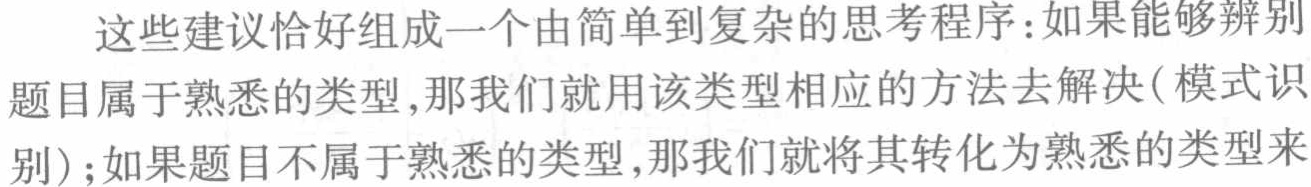
这些建议恰好组成一个由简单到复杂的思考程序：如果能够辨别题目属于熟悉的类型,那我们就用该类型相应的方法去解决(模式识别);如果题目不属于熟悉的类型,那我们就将其转化为熟悉的类型来